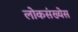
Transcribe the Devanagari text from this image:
लोकसंख्येस